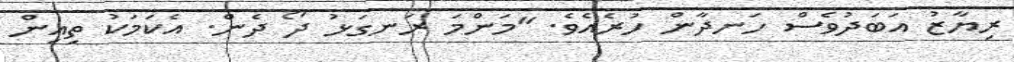
ރިޔާޒު އަބަދުވެސް ހަނދާން ހުރެއެވެ. "މަންމަ ރަނގަޅު ދޯ ދެން. އެކަމަކު ތިއިން